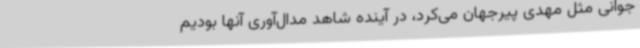
جوانی مثل مهدی پیرجهان می‌کرد، در آینده شاهد مدال‌آوری آنها بودیم